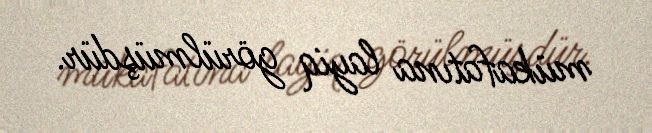
mükafatına layiq görülmüşdür.